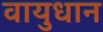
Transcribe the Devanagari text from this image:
वायुधान